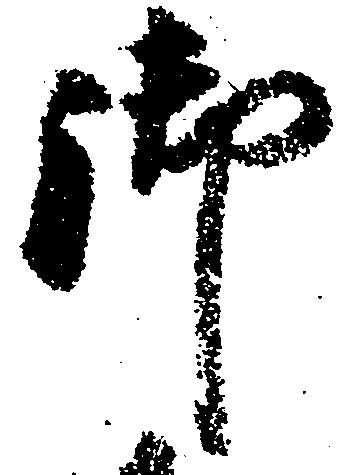
御